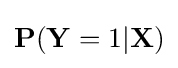
\mathbf {P} (\mathbf {Y} =1|\mathbf {X} )